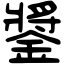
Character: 𨫥